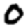
Digit: 0